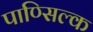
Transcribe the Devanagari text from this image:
पाण्सिल्क